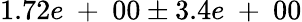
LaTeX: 1.72e\mathrm{~+~}00\pm 3.4e\mathrm{~+~}00